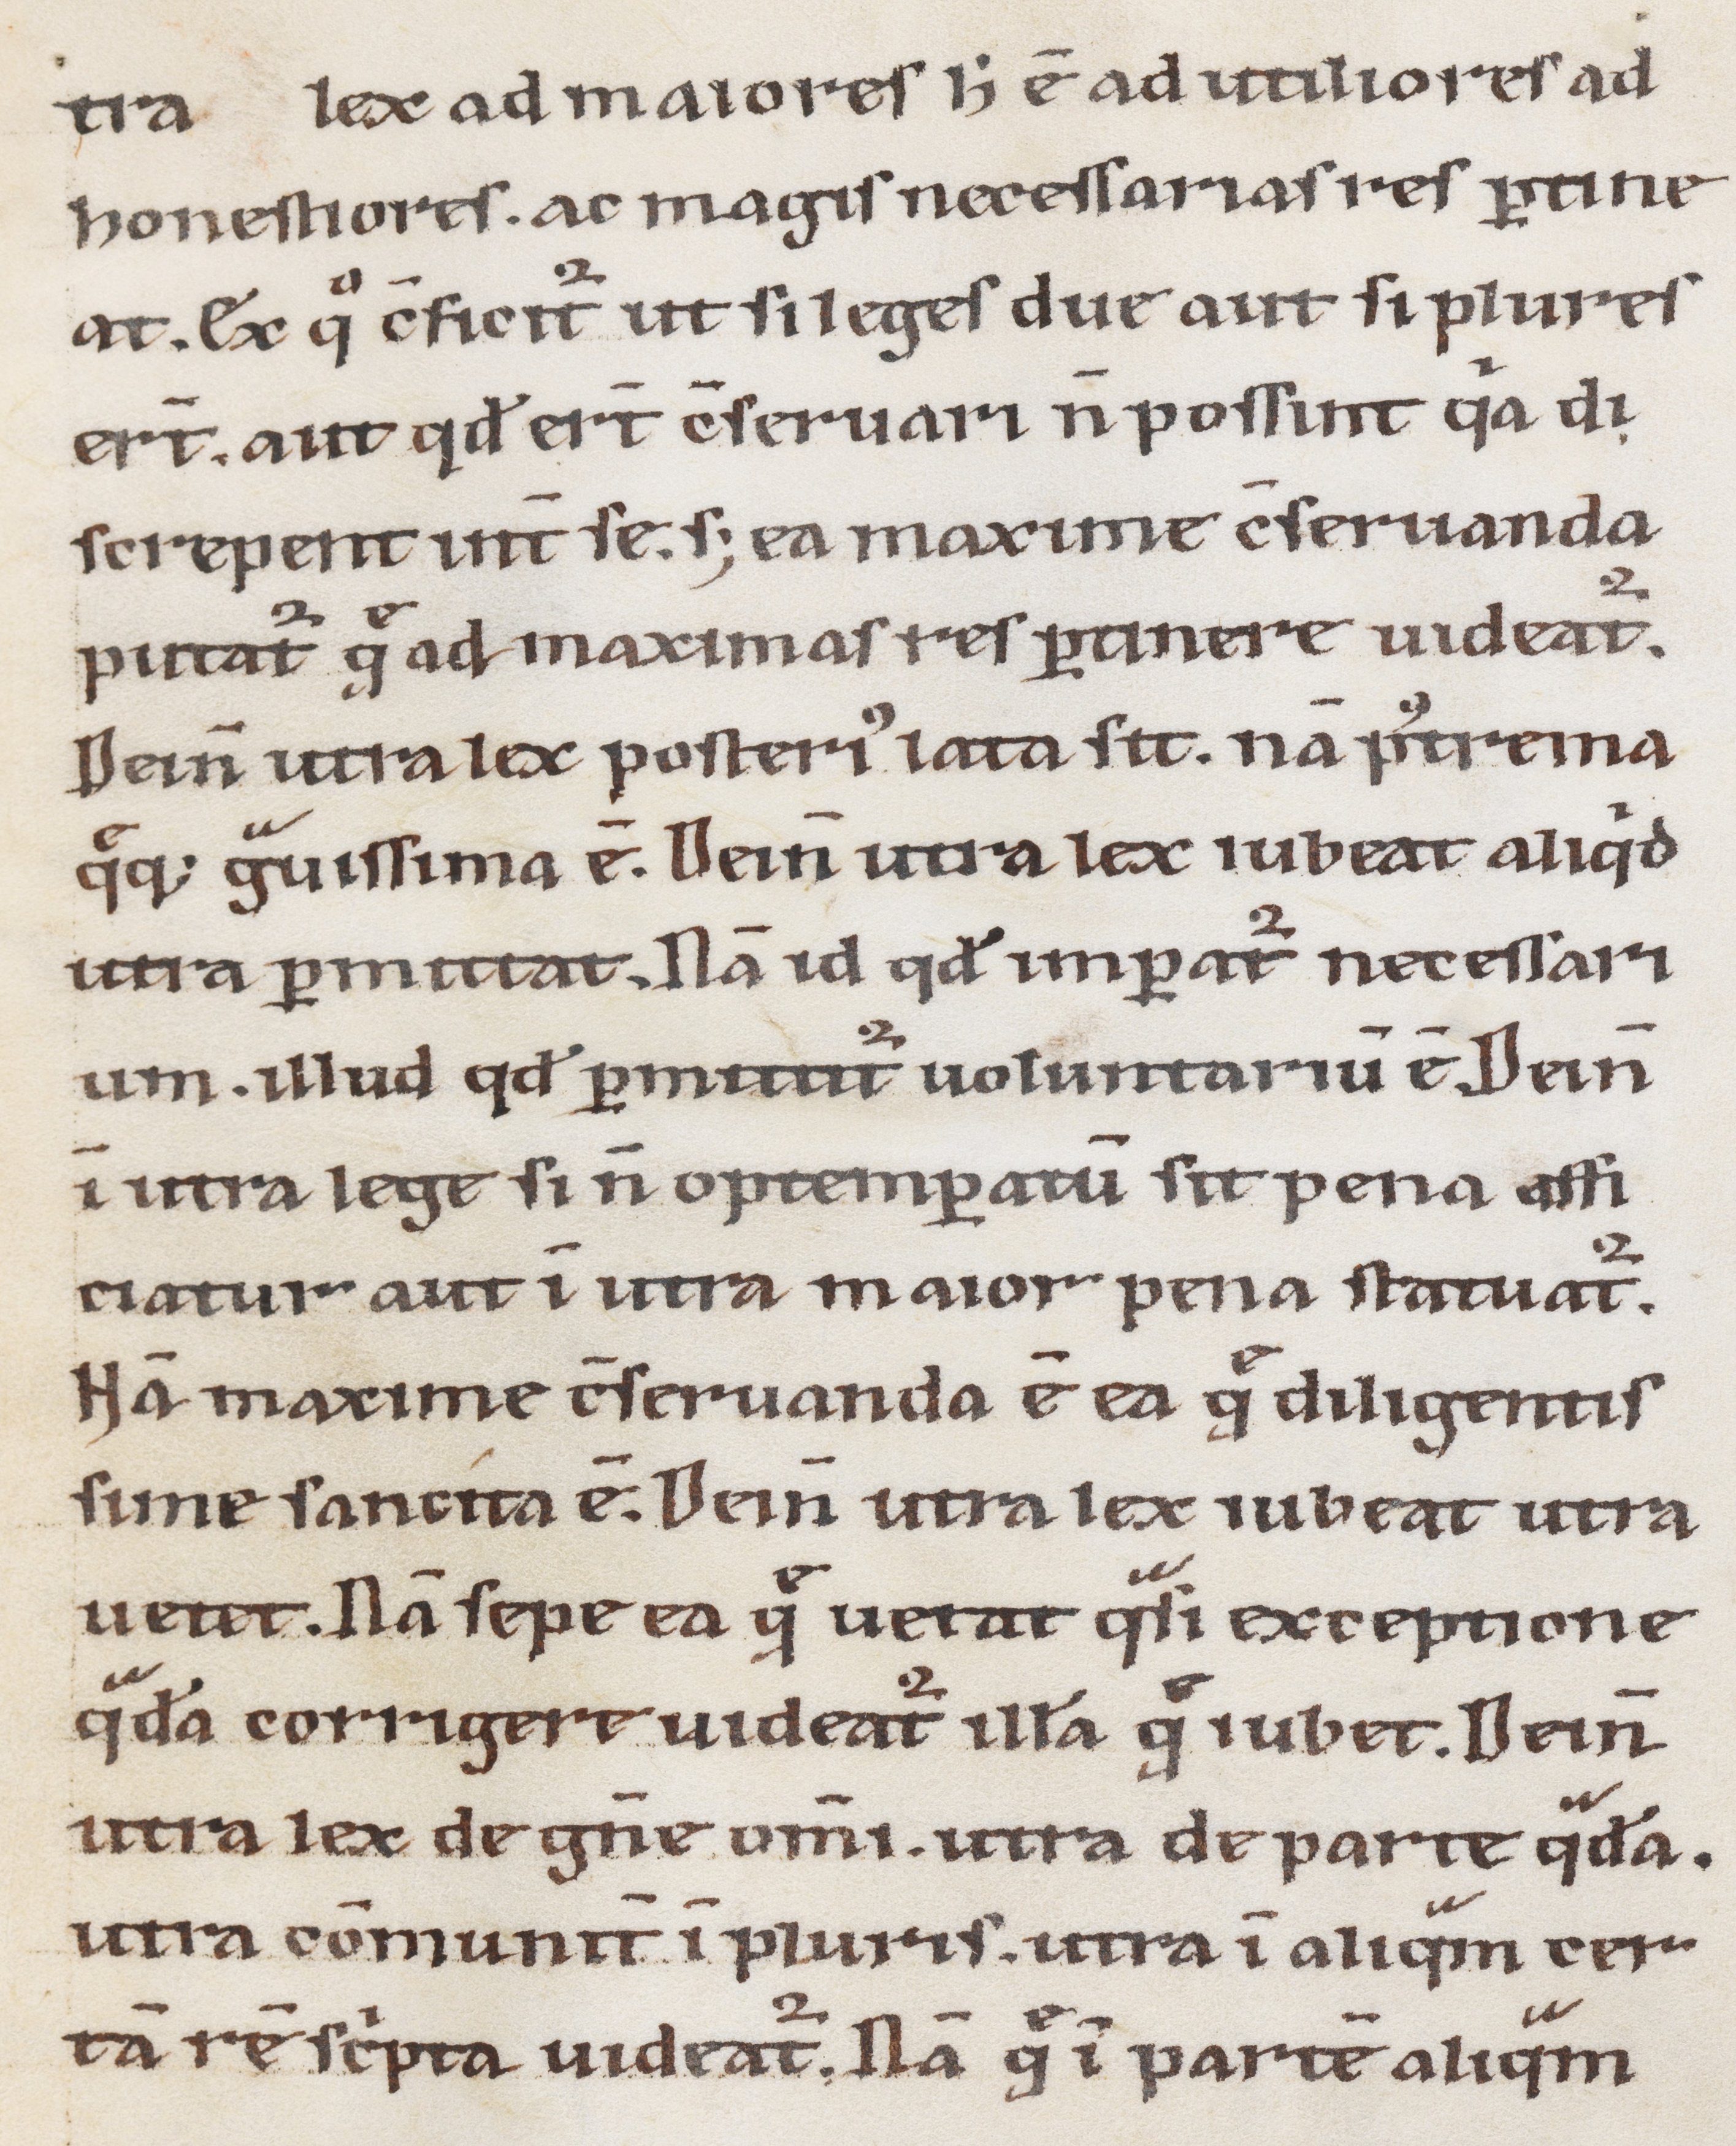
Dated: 1100–1199